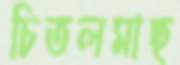
চিতলমাছ